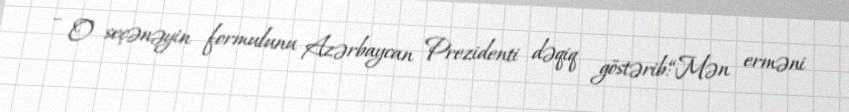
– O seçənəyin formulunu Azərbaycan Prezidenti dəqiq göstərib:“Mən erməni